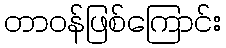
တာဝန်ဖြစ်ကြောင်း